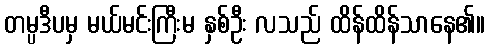
တမ္ပဒီပမှ မယ်မင်းကြီးမ နှစ်ဦး လသည် ထိန်ထိန်သာနေ၏။